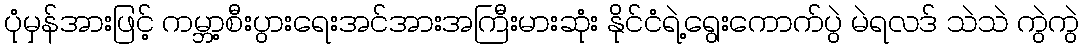
ပုံမှန်အားဖြင့် ကမ္ဘာ့စီးပွားရေးအင်အားအကြီးမားဆုံး နိုင်ငံရဲ့ရွေးကောက်ပွဲ မဲရလဒ် သဲသဲ ကွဲကွဲ